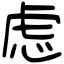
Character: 虑